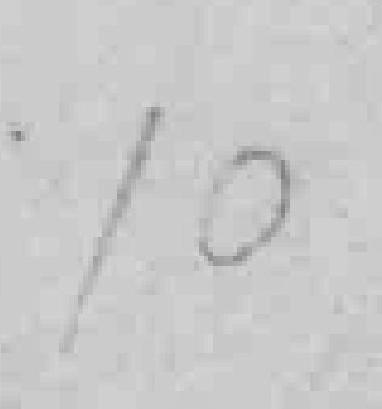
10